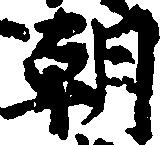
朝